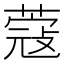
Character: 蔻